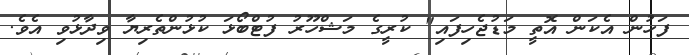
ފަހުން އެކަން އޮތީ މަޑުޖެހިފައި" ކުރީގެ މަޝްހޫރު ފުޓްބޯޅަ ކުޅުންތެރިޔާ ވިދާޅުވި އެވެ.